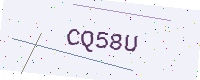
Text: CQ58U